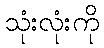
သုံးလုံးကို